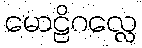
မောဠိဂလ္လေ